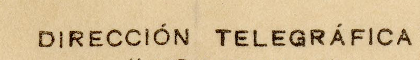
DIRECCIÓN TELEGRÁFICA